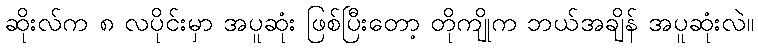
ဆိုးလ်က ၈ လပိုင်းမှာ အပူဆုံး ဖြစ်ပြီးတော့ တိုကျိုက ဘယ်အချိန် အပူဆုံးလဲ။